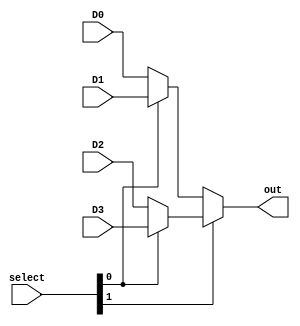
module mux4 #(parameter W=8)(D0, D1, D2, D3, select, out);
	input [(W-1):0] D0;
	input [(W-1):0] D1;  
	input [(W-1):0] D2;
	input [(W-1):0] D3;
	input [1:0] select;
	output [(W-1):0] out;
	 
   // 00 -> D1, 01 ->D2, 10 -> c, 11 -> d
   assign out = select[1] ? (select[0] ? D3 : D2) : (select[0] ? D1 : D0); 
 
endmodule